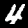
Digit: 4